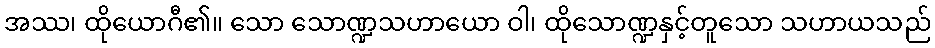
အဿ၊ ထိုယောဂီ၏။ သော သောဏ္ဍသဟာယော ဝါ၊ ထိုသောဏ္ဍနှင့်တူသော သဟာယသည်